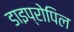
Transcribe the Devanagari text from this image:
डाइप्रोपिल